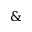
\&